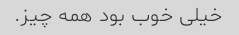
خیلی خوب بود همه چیز.